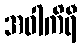
အဝါကိရီ